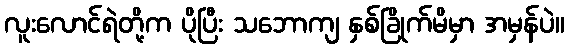
လူးလောင်ရဲတို့က ပိုပြီး သဘောကျ နှစ်ခြိုက်မိမှာ အမှန်ပဲ။